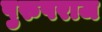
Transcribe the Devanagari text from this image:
पुरुषराज